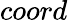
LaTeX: coord